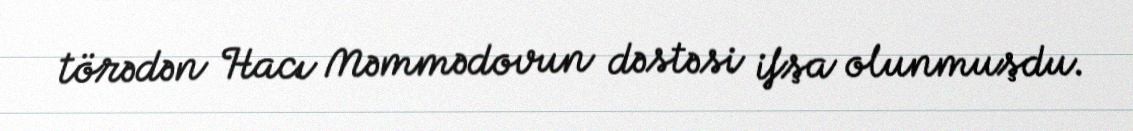
törədən Hacı Məmmədovun dəstəsi ifşa olunmuşdu.